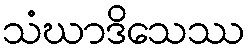
သံဃာဒိသေဿ